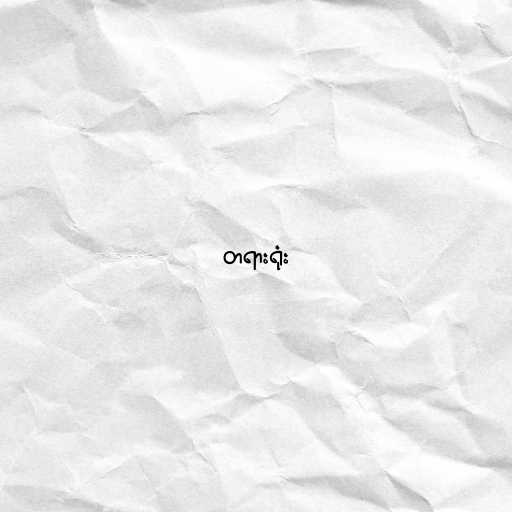
တရားရုံး